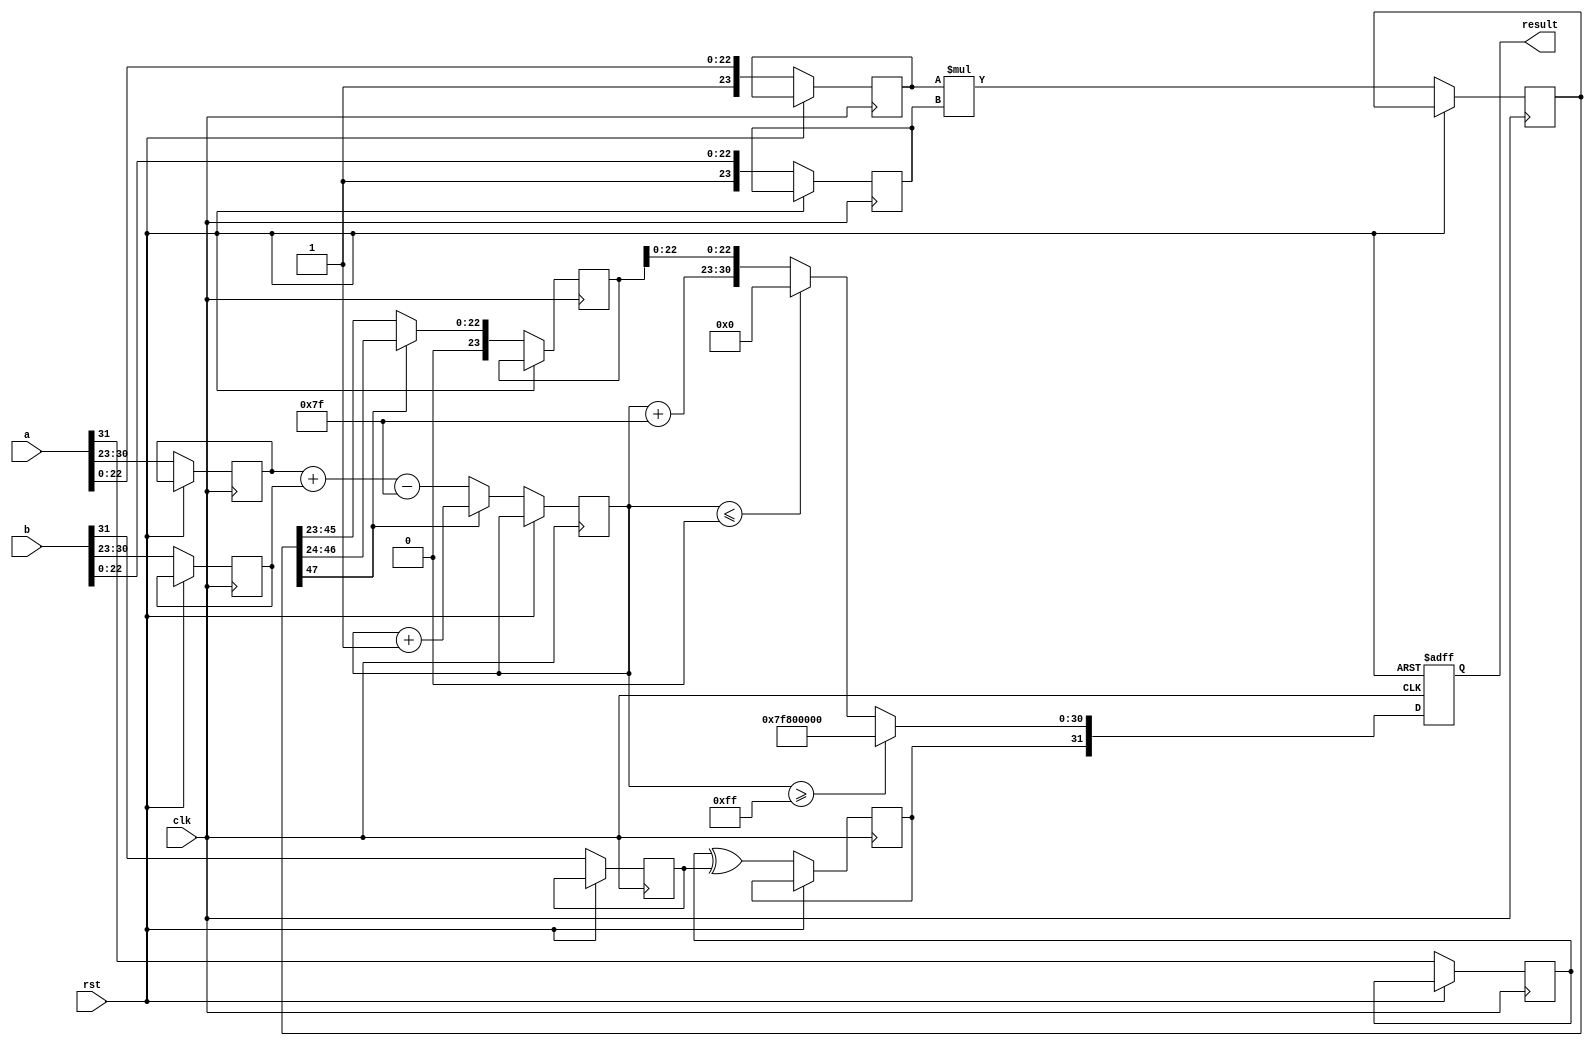
module radix2_fp_multiplier (
    input wire clk,
    input wire rst,
    input wire [31:0] a, // First floating-point input
    input wire [31:0] b, // Second floating-point input
    output reg [31:0] result // Resultant floating-point output
);

    // IEEE 754 single precision constants
    localparam EXPONENT_BIAS = 8'h7F;
    localparam EXPONENT_BITS = 8;
    localparam SIGNIFICAND_BITS = 23;
    
    // Intermediate signals
    reg sign_a, sign_b, sign_result;
    reg [EXPONENT_BITS-1:0] exponent_a, exponent_b, exponent_result;
    reg [SIGNIFICAND_BITS:0] significand_a, significand_b, significand_result; // include implicit leading 1
    reg [47:0] significand_product; // 24 bits * 24 bits for product

    always @(posedge clk or posedge rst) begin
        if (rst) begin
            result <= 32'b0;
        end else begin
            // Step 1: Extract sign, exponent, and significand
            sign_a <= a[31];
            sign_b <= b[31];
            exponent_a <= a[30:23];
            exponent_b <= b[30:23];
            significand_a <= {1'b1, a[22:0]}; // Add implicit leading 1
            significand_b <= {1'b1, b[22:0]}; // Add implicit leading 1

            // Step 2: Calculate sign of the result
            sign_result <= sign_a ^ sign_b;

            // Step 3: Calculate exponent
            exponent_result <= (exponent_a + exponent_b - EXPONENT_BIAS);

            // Step 4: Calculate significand product
            significand_product <= significand_a * significand_b;

            // Step 5: Normalize the significand
            if (significand_product[47]) begin // If the product has an implicit leading 1
                significand_result <= significand_product[46:24]; // 24 bits
                exponent_result <= exponent_result + 1; // Increment exponent
            end else begin
                significand_result <= significand_product[45:23]; // Shift right
            end

            // Step 6: Handle overflow and underflow of exponent
            if (exponent_result >= 8'hFF) begin
                // Overflow - set result to infinity
                result <= {sign_result, 8'hFF, 23'b0};
            end else if (exponent_result <= 8'h00) begin
                // Underflow - set result to zero
                result <= {sign_result, 8'h00, 23'b0};
            end else begin
                // Step 7: Assemble the final result
                result <= {sign_result, exponent_result + EXPONENT_BIAS, significand_result[22:0]};
            end
        end
    end

endmodule